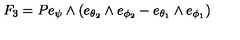
F _ { 3 } = P e _ { \psi } \wedge ( e _ { \theta _ { 2 } } \wedge e _ { \phi _ { 2 } } - e _ { \theta _ { 1 } } \wedge e _ { \phi _ { 1 } } )